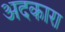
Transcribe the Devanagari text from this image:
अदकारा